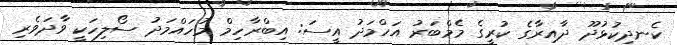
ކެނދިކުޅުދޫ ދާއިރާގެ ކުރީގެ މެމްބަރު އަހްމަދު އީސަ: އިބްރާހިމް މުހައްމަދު ސޯލިހަކީ ވާދަވެރި